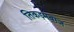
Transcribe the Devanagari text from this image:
तिकड़मबाज